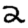
Digit: 2